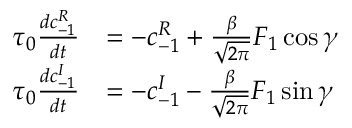
\begin{array} { r l } { \tau _ { 0 } \frac { d c _ { \mathrm { - } 1 } ^ { R } } { d t } } & { = - c _ { \mathrm { - } 1 } ^ { R } + \frac { \beta } { \sqrt { 2 \pi } } F _ { 1 } \cos { \gamma } } \\ { \tau _ { 0 } \frac { d c _ { \mathrm { - } 1 } ^ { I } } { d t } } & { = - c _ { \mathrm { - } 1 } ^ { I } - \frac { \beta } { \sqrt { 2 \pi } } F _ { 1 } \sin { \gamma } } \end{array}